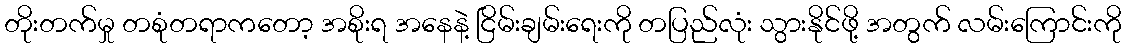
တိုးတက်မှု တစုံတရာကတော့ အစိုးရ အနေနဲ့ ငြိမ်းချမ်းရေးကို တပြည်လုံး သွားနိုင်ဖို့ အတွက် လမ်းကြောင်းကို